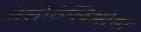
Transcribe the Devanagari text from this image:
मेसोठेलिओमा